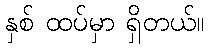
နှစ် ထပ်မှာ ရှိတယ်။